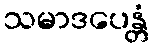
သမာဒပေန္တံ